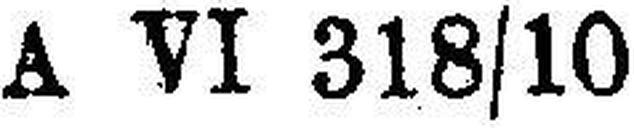
A VI 318/10